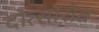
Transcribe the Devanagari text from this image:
दोत्सोरोत